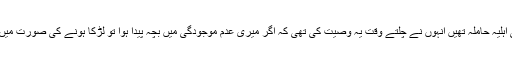
کہتے ہیں جب سید صاحب ہرات روانہ ہوئے تو آپ کی اہلیہ حاملہ تھیں انہوں نے چلتے وقت یہ وصیت کی تھی کہ اگر میری عدم موجودگی میں بچہ پیدا ہوا تو لڑکا ہونے کی صورت میں اس کا نام میر علی اور لڑکی ہو تو فاطمہ رکھا جائے۔